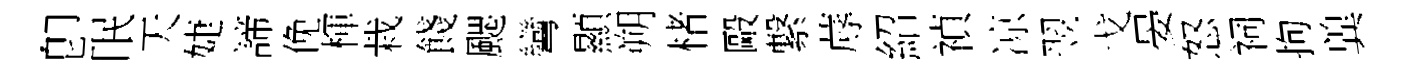
卽眠天婕諦俛楎栽餞颸彎顯朔楮毆繋蓐紹禎凉翌戈晏怒祠拘兾